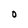
Character: O